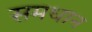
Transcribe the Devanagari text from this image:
समधान